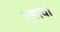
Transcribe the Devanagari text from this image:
एडावा